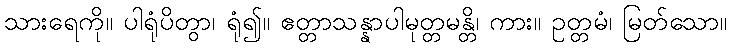
သားရေကို။ ပါရုံပိတွာ၊ ရုံ၍။ ဧတ္တာသန္နာပါမုတ္တမန္တိ၊ ကား။ ဥတ္တမံ၊ မြတ်သော။